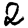
Digit: 2